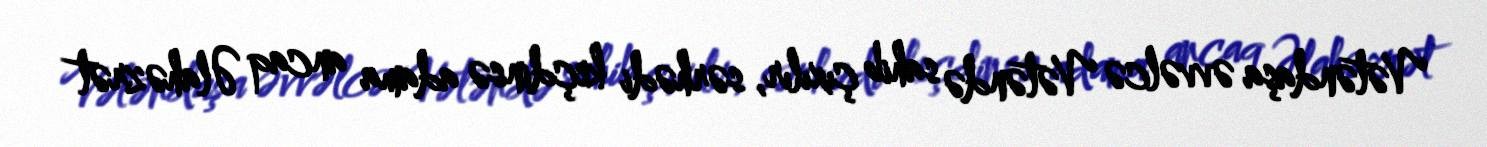
Vətəndaşa əvvəlcə Vətəndə sahib çıxılır, sərhədi keçdinsə adama ancaq Əlahəzrət